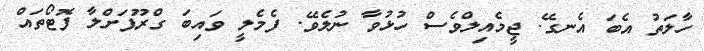
ހާލަތު އެބަ އެނގޭ. ޖީމެއިލްވެސް ހުޅުވާ ނުލެވޭ. ފެމެލީ ވައިބަ ގްރޫޕަށްލާ ފޮޓޯތައް